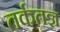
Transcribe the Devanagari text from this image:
तर्कतज्ञ